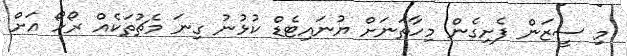
މި ސީޒަން ފެށިގެން މިހާތަނަށް ޔުނައިޓެޑް ކުޅުނު ގިނަ މެޗުތަކެއް ރޯހޯ އަށް